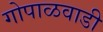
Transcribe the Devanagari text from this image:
गोपाळवाडी